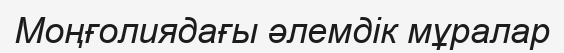
Моңғолиядағы әлемдік мұралар